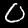
Label: 0